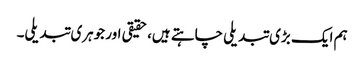
ہم ایک بڑی تبدیلی چاہتے ہیں، حقیقی اور جوہری تبدیلی۔